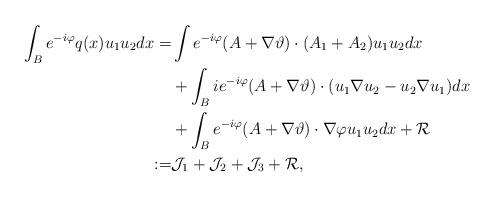
LaTeX: \begin{align*}\int_B e^{-i\varphi}q(x)u_1u_2dx =&\int e^{-i\varphi}(A+\nabla\vartheta)\cdot(A_1+A_2)u_1u_2dx\cr&+\int_B ie^{-i\varphi}(A+\nabla\vartheta)\cdot(u_1\nabla u_2-u_2\nabla u_1)dx\cr&+\int_B e^{-i\varphi}(A+\nabla\vartheta)\cdot\nabla\varphi u_1u_2dx+\mathcal{R}\cr:=&\mathcal{J}_1+\mathcal{J}_2+\mathcal{J}_3+\mathcal{R},\end{align*}